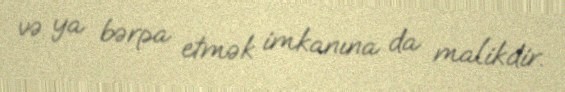
və ya bərpa etmək imkanına da malikdir.